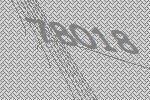
78018